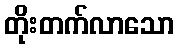
တိုးတက်လာသော